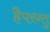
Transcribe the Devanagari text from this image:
हैपरन्तु